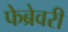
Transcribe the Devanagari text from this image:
फेब्रेवरी